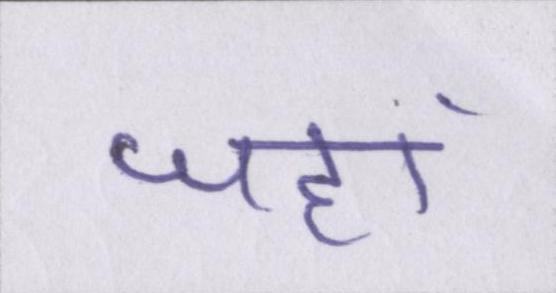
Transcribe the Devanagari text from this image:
जहां